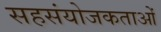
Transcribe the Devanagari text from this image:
सहसंयोजकताओं